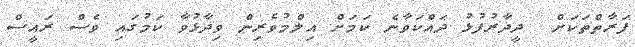
ފަރާތްތަކަށް  ދީދާރުފުޅު ދައްކަވާނެ ކަމަށް އިލްމުވެރިން ވިދާޅުވާ ކަމުގައި ވެސް ރައީސް